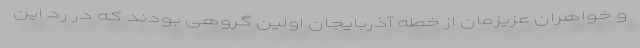
و خواهران عزیزمان از خطه آذربایجان اولین گروهی بودند که در رد این